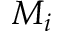
M _ { i }